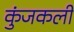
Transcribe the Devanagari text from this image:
कुंजकली